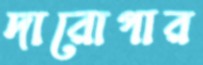
দারোগার